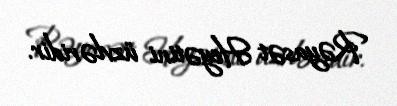
Rəyasət Heyətini üzvləridir.